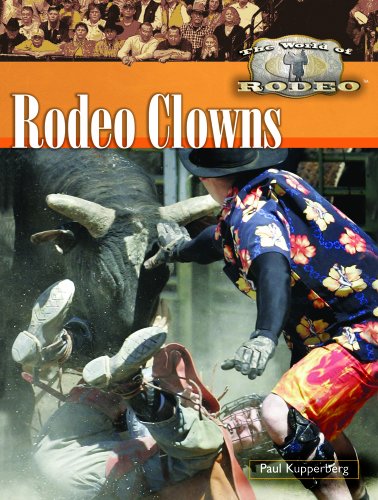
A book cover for Rodeo Clowns (World of Rodeo); Paul Kupperberg; Sports & Outdoors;